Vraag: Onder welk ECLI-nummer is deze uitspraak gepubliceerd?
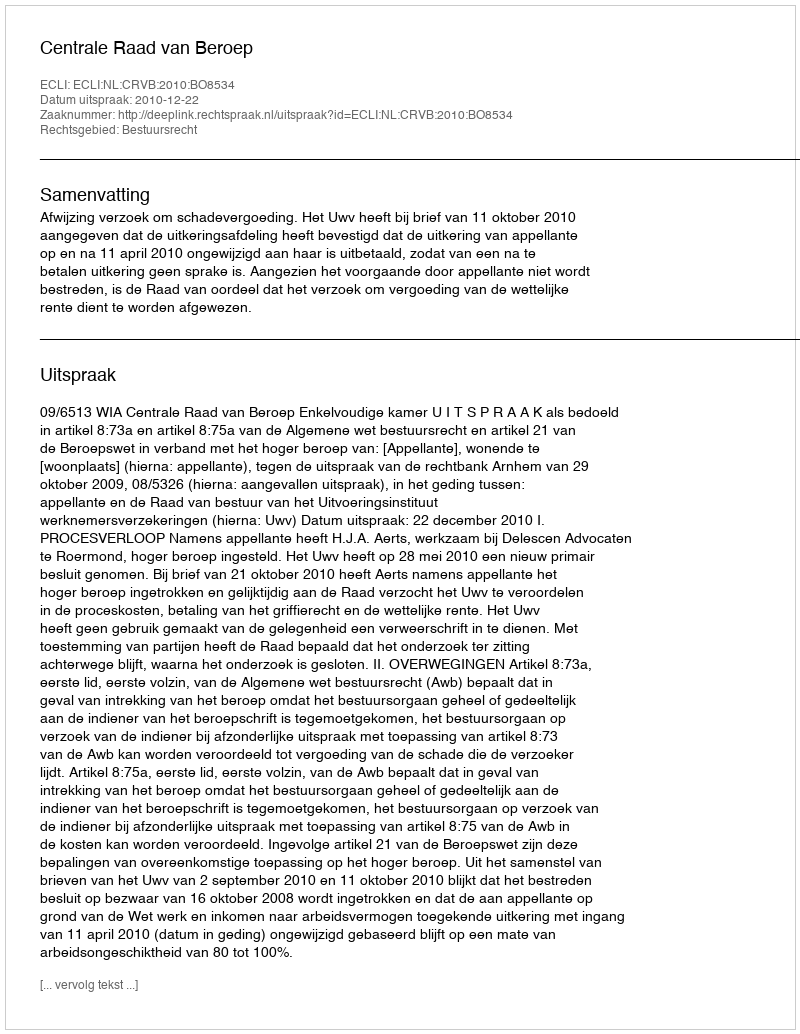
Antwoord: ECLI:NL:CRVB:2010:BO8534